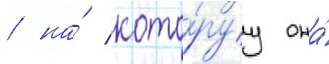
/ на́ кото́руу она́